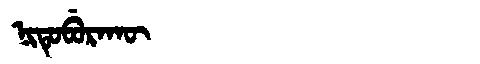
Manchu: ᠨᡳᡨᡠᠪᡠᡵᠠᡴᡡ
Romanization: NITUBURAKŪ